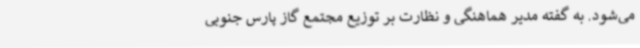
می‌شود. به گفته مدیر هماهنگی و نظارت بر توزیع مجتمع گاز پارس جنوبی